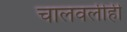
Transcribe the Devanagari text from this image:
चालवलीही